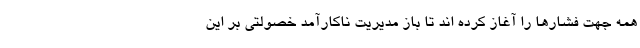
همه جهت فشارها را آغاز کرده اند تا باز مدیریت ناکارآمد خصولتی بر این